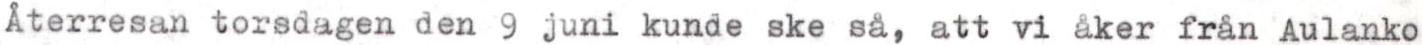
Återresan torsdagen den 9 juni kunde ske så, att vi åker från Aulanko